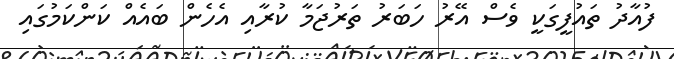
ފުއާދު ތައުފީގަކީ ވެސް އޭރު ހަބަރު ތަރުޖަމާ ކުރާއި އެހެން ބައެއް ކަންކަމުގައި